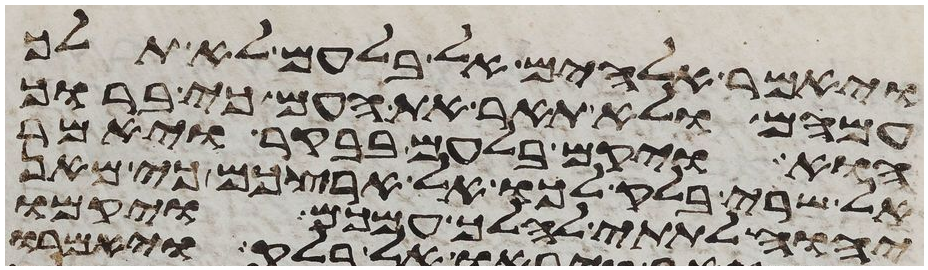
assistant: ויאמר אלהים אל בלעם לא תלך
עמהם ולא תאר את העם כי ברוך
הוא ויקם בלעם בבקר ויאמר
אל שרי בלק לכו אל ארצכם כי מאן
יהוה לתתי להלך עמכם ויקמו